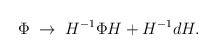
\begin{align*}\Phi \; \rightarrow \; H^{-1}\Phi H + H^{-1} d H. \end{align*}